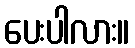
ပေးပါလား။